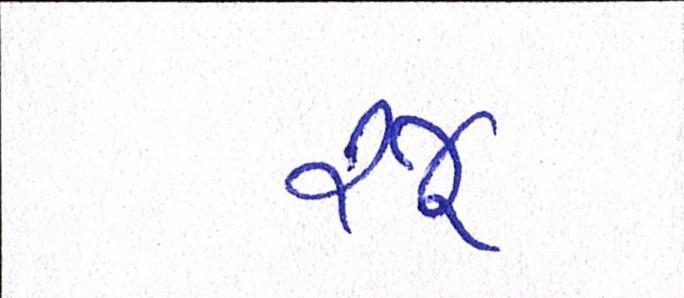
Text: રજૂ